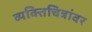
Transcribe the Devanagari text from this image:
व्यक्तिचित्रांवर